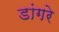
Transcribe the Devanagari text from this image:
डांगरे